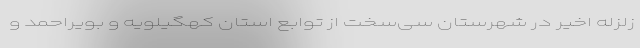
زلزله اخیر در شهرستان سی‌سخت از توابع استان کهگیلویه و بویراحمد و